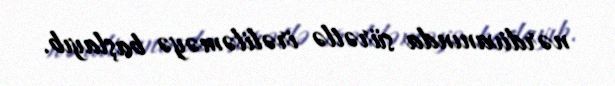
nərdivanında sürətlə irəliləməyə başlayıb.